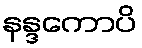
နန္ဒကောပိ